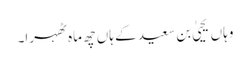
وہاں یحییٰ بن سعید کے ہاں چھ ماہ ٹھہرا۔